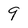
Character: 9